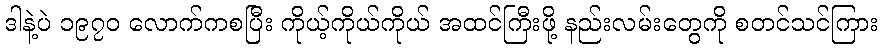
ဒါနဲ့ပဲ ၁၉၇၀ လောက်ကစပြီး ကိုယ့်ကိုယ်ကိုယ် အထင်ကြီးဖို့ နည်းလမ်းတွေကို စတင်သင်ကြား